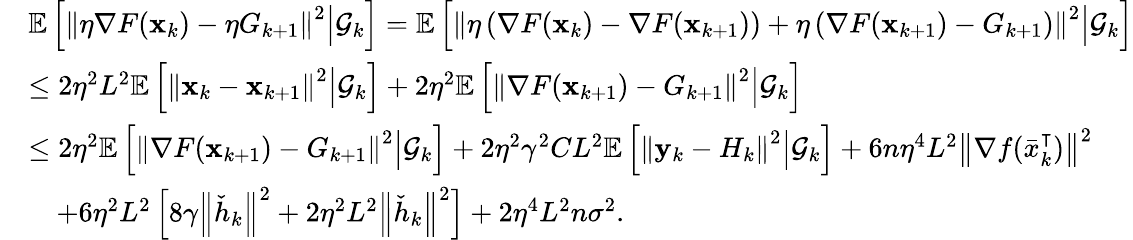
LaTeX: \begin{array}{rl}&{\mathbb{E}\left[\left\Vert\eta\nabla F(\mathbf{x}_{k})-\eta G_{k+1}\right\Vert^{2}\middle|\mathcal{G}_{k}\right]=\mathbb{E}\left[\left\Vert\eta\left(\nabla F(\mathbf{x}_{k})-\nabla F(\mathbf{x}_{k+1})\right)+\eta\left(\nabla F(\mathbf{x}_{k+1})-G_{k+1}\right)\right\Vert^{2}\middle|\mathcal{G}_{k}\right]}\\ &{\leq 2\eta^{2}L^{2}\mathbb{E}\left[\left\Vert\mathbf{x}_{k}-\mathbf{x}_{k+1}\right\Vert^{2}\middle|\mathcal{G}_{k}\right]+2\eta^{2}\mathbb{E}\left[\left\Vert\nabla F(\mathbf{x}_{k+1})-G_{k+1}\right\Vert^{2}\middle|\mathcal{G}_{k}\right]}\\ &{\leq 2\eta^{2}\mathbb{E}\left[\left\Vert\nabla F(\mathbf{x}_{k+1})-G_{k+1}\right\Vert^{2}\middle|\mathcal{G}_{k}\right]+2\eta^{2}\gamma^{2}CL^{2}\mathbb{E}\left[\left\Vert\mathbf{y}_{k}-H_{k}\right\Vert^{2}\middle|\mathcal{G}_{k}\right]+6n\eta^{4}L^{2}\left\Vert\nabla f(\bar{x}_{k}^{\intercal})\right\Vert^{2}}\\ &{\quad+6\eta^{2}L^{2}\left[8\gamma\left\Vert\check{h}_{k}\right\Vert^{2}+2\eta^{2}L^{2}\left\Vert\check{h}_{k}\right\Vert^{2}\right]+2\eta^{4}L^{2}n\sigma^{2}.}\end{array}